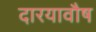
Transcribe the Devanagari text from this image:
दारयावौष